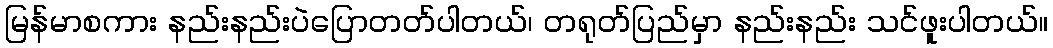
မြန်မာစကား နည်းနည်းပဲပြောတတ်ပါတယ်၊ တရုတ်ပြည်မှာ နည်းနည်း သင်ဖူးပါတယ်။